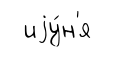
иjу́н'я